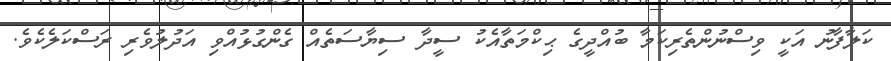
ކަލާފާނު އަކީ ވިސްނުންތެރިކަމާ ބުއްދީގެ ޙިކްމަތާއެކު ސީދާ ސިޔާސަތެއް ގެންގުޅުއްވި އަދުލުވެރި ރަސްކަލެކެވެ.